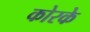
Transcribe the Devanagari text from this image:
कोरके